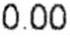
0.00